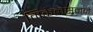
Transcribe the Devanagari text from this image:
मिकेलसनने